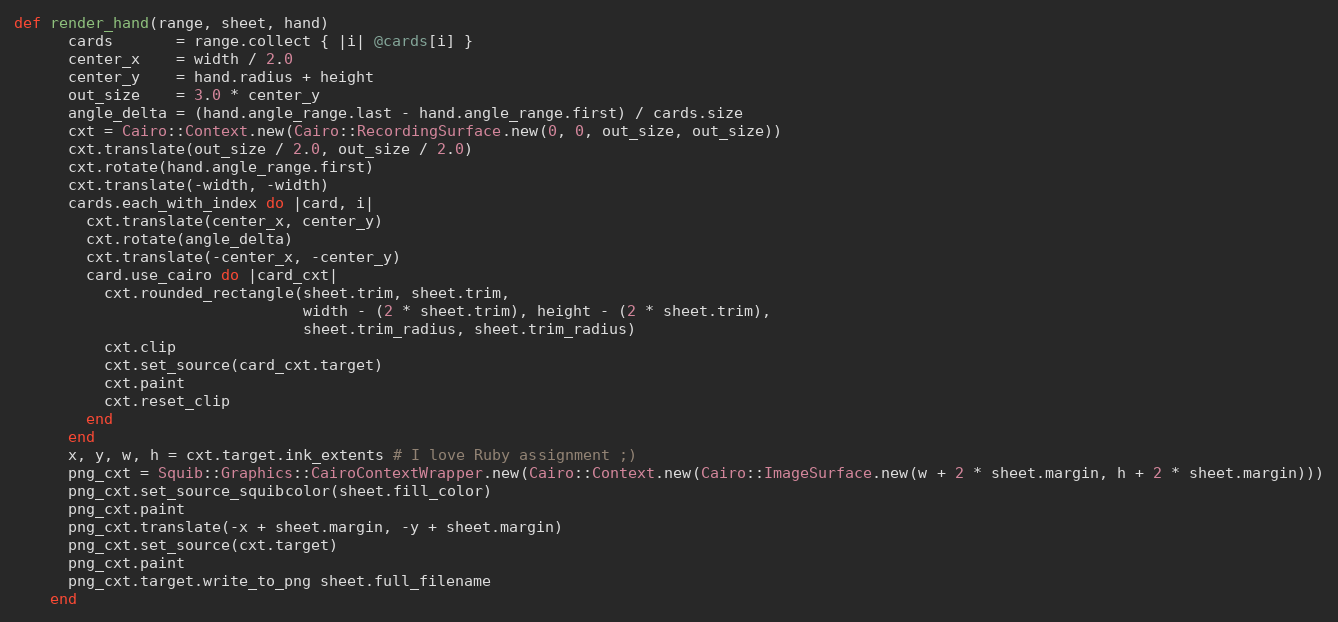
Language: Ruby
def render_hand(range, sheet, hand)
      cards       = range.collect { |i| @cards[i] }
      center_x    = width / 2.0
      center_y    = hand.radius + height
      out_size    = 3.0 * center_y
      angle_delta = (hand.angle_range.last - hand.angle_range.first) / cards.size
      cxt = Cairo::Context.new(Cairo::RecordingSurface.new(0, 0, out_size, out_size))
      cxt.translate(out_size / 2.0, out_size / 2.0)
      cxt.rotate(hand.angle_range.first)
      cxt.translate(-width, -width)
      cards.each_with_index do |card, i|
        cxt.translate(center_x, center_y)
        cxt.rotate(angle_delta)
        cxt.translate(-center_x, -center_y)
        card.use_cairo do |card_cxt|
          cxt.rounded_rectangle(sheet.trim, sheet.trim,
                                width - (2 * sheet.trim), height - (2 * sheet.trim),
                                sheet.trim_radius, sheet.trim_radius)
          cxt.clip
          cxt.set_source(card_cxt.target)
          cxt.paint
          cxt.reset_clip
        end
      end
      x, y, w, h = cxt.target.ink_extents # I love Ruby assignment ;)
      png_cxt = Squib::Graphics::CairoContextWrapper.new(Cairo::Context.new(Cairo::ImageSurface.new(w + 2 * sheet.margin, h + 2 * sheet.margin)))
      png_cxt.set_source_squibcolor(sheet.fill_color)
      png_cxt.paint
      png_cxt.translate(-x + sheet.margin, -y + sheet.margin)
      png_cxt.set_source(cxt.target)
      png_cxt.paint
      png_cxt.target.write_to_png sheet.full_filename
    end